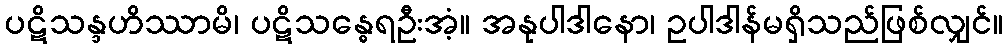
ပဋိသန္ဒဟိဿာမိ၊ ပဋိသန္ဓေရဦးအံ့။ အနုပါဒါနော၊ ဥပါဒါန်မရှိသည်ဖြစ်လျှင်။